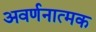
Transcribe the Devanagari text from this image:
अवर्णनात्मक